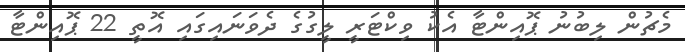
މެޗުން ލިބުނު ޕޮއިންޓާ އެކު ވިކްޓަރީ ލީގުގެ ދެވަނައިގައި އޮތީ 22 ޕޮއިންޓާ